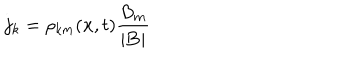
j _ { k } = \rho _ { k m } ( { \bf x } , t ) \frac { B _ { m } } { | { \bf B } | }